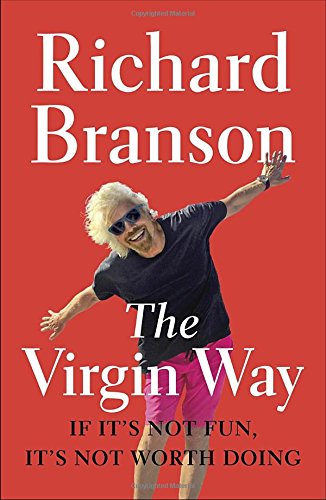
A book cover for The Virgin Way: If It's Not Fun, It's Not Worth Doing; Richard Branson; Business & Money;